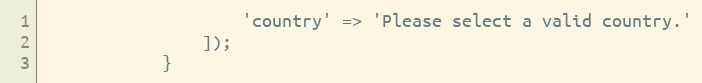
Language: PHP
                    'country' => 'Please select a valid country.'
                ]);
            }